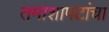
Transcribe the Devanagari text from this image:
तमाशापटांचा